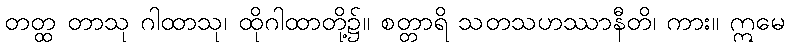
တတ္ထ တာသု ဂါထာသု၊ ထိုဂါထာတို့၌။ စတ္တာရိ သတသဟဿာနီတိ၊ ကား။ ဣမေ